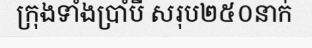
ក្រុងទាំងប្រាំបី សរុប២៥០នាក់